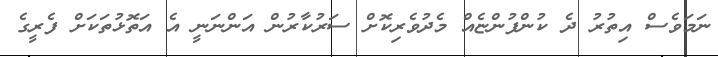
ނަމަވެސް އިތުރު ދެ ކުންފުންޏެއް މެދުވެރިކޮށް ސަރުކާރުން އަންނަނީ އެ އަތޮޅުތަކަށް ފެރީގެ